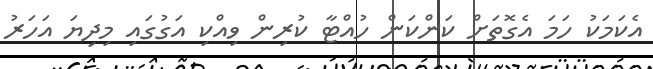
އެކަމަކު ހަމަ އެގޮތަށް ކަންކަން ހުއްޓާ ކުރިން ވިއްކި އަގުގައި މިދިޔަ އަހަރު